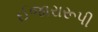
ઈજારારૂપી